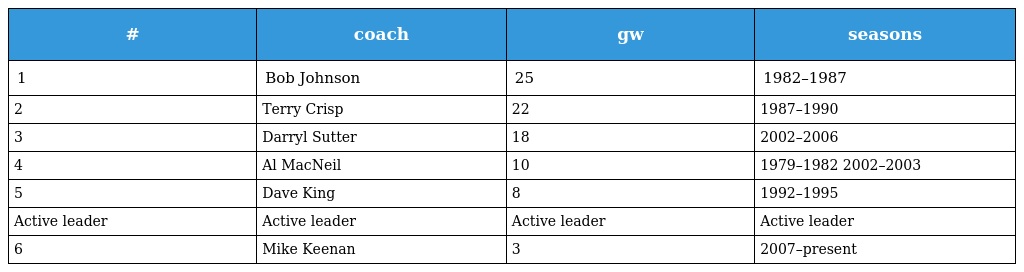
| # | coach | gw | seasons |
 | --- | --- | --- | --- |
 | 1 | Bob Johnson | 25 | 1982–1987 |
 | 2 | Terry Crisp | 22 | 1987–1990 |
 | 3 | Darryl Sutter | 18 | 2002–2006 |
 | 4 | Al MacNeil | 10 | 1979–1982 2002–2003 |
 | 5 | Dave King | 8 | 1992–1995 |
 | Active leader | Active leader | Active leader | Active leader |
 | 6 | Mike Keenan | 3 | 2007–present |